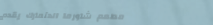
مطعم شاورما الدنمارك يقدم